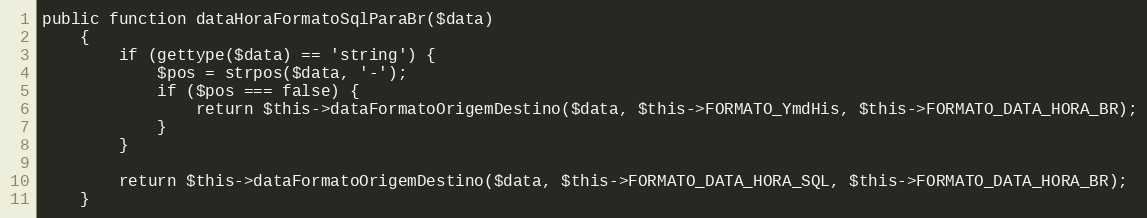
Language: PHP
public function dataHoraFormatoSqlParaBr($data)
    {
        if (gettype($data) == 'string') {
            $pos = strpos($data, '-');
            if ($pos === false) {
                return $this->dataFormatoOrigemDestino($data, $this->FORMATO_YmdHis, $this->FORMATO_DATA_HORA_BR);
            }
        }

        return $this->dataFormatoOrigemDestino($data, $this->FORMATO_DATA_HORA_SQL, $this->FORMATO_DATA_HORA_BR);
    }